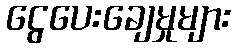
ငွေပေးချေမှုများ